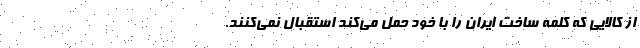
از کالایی که کلمه ساخت ایران را با خود حمل می‌کند استقبال نمی‌کنند.